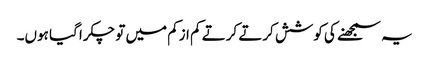
یہ سمجھنے کی کوشش کرتے کرتے کم ازکم میں تو چکرا گیا ہوں۔